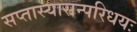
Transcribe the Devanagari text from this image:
सप्तास्यासन्परिधयः